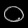
Digit: ၀